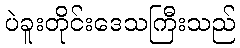
ပဲခူးတိုင်းဒေသကြီးသည်